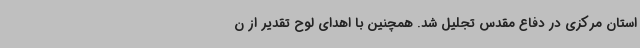
استان مرکزی در دفاع مقدس تجلیل شد. همچنین با اهدای لوح تقدیر از ن